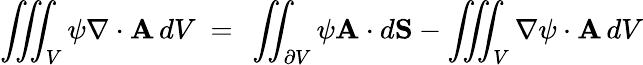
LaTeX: \iiint_{V}\psi\nabla\cdot\mathbf{A}\, dV\ =\ \iint_{\partial V}\psi\mathbf{A}\cdot d\mathbf{S}-\iiint_{V}\nabla\psi\cdot\mathbf{A}\, dV